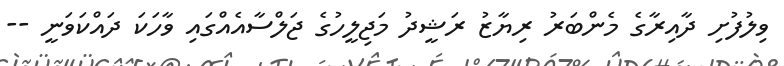
ވިލުފުށި ދާއިރާގެ މެންބަރު ރިޔާޒު ރަޝީދު މަޖިލީހުގެ ޖަލްސާއެއްގައި ވާހަކަ ދައްކަވަނީ --